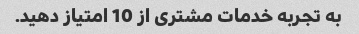
به تجربه خدمات مشتری از 10 امتیاز دهید.